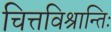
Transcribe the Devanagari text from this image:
चित्तविश्रान्तिः